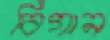
বিগান